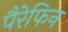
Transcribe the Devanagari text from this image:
पैरेफिन